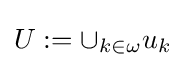
U:=\cup _{k\in \omega }u_{k}